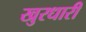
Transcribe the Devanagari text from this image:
खुरधारी